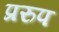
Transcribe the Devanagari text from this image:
प्ररुप